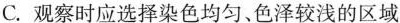
D.高倍镜下观察可观察到细胞核呈现红色、细胞质呈现